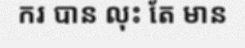
ករ បាន លុះ តែ មាន